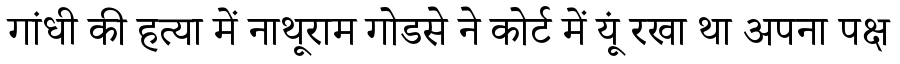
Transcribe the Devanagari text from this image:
गांधी की हत्या में नाथूराम गोडसे ने कोर्ट में यूं रखा था अपना पक्ष